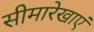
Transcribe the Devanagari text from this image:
सीमारेखाएं